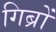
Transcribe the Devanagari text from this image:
गिब्रों